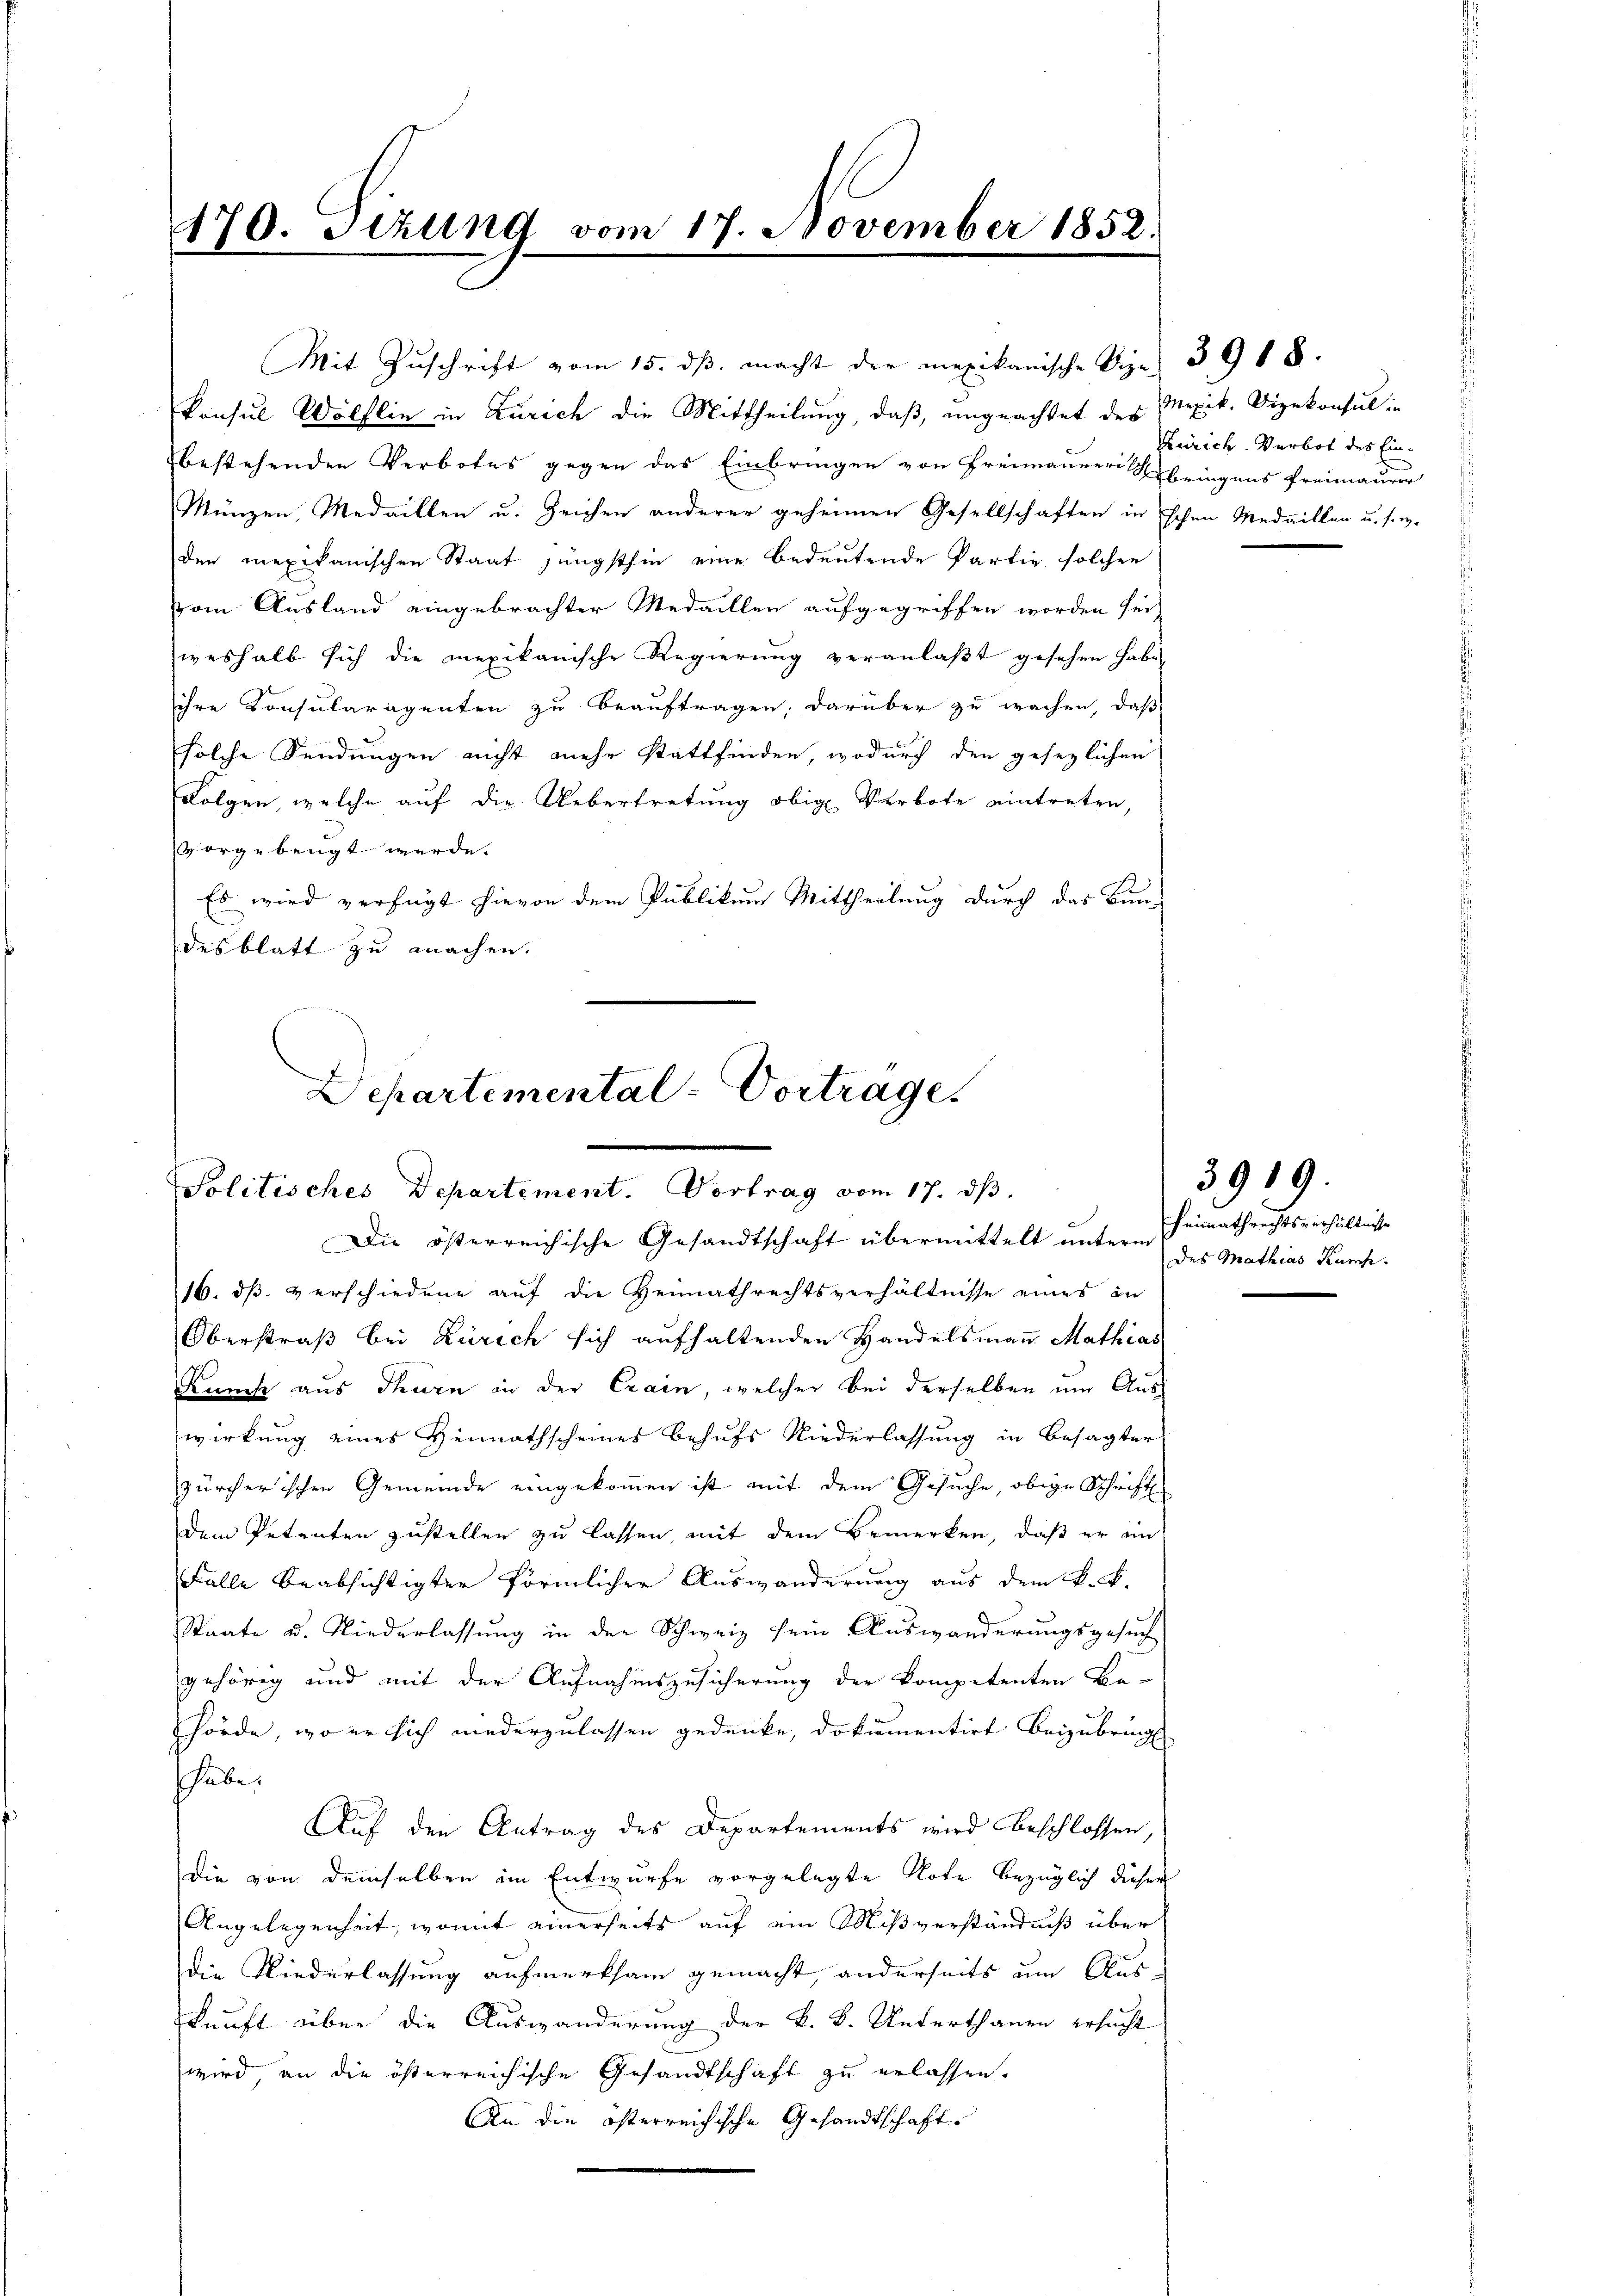
170. Setzung vom 17. November 1852.

Konsul Wölflin in Zürich die Mittheilung, daß, ungeachtet des Mexik. Vizekonsul
bestehenden Verbotes gegen das Einbringen von Freimaurer bringens Freimaurer
Münzen, Medaillen u. Zeichen anderer geheimen Gesellschaften in schon Medaillen u. s. w.
den mexikanischen Staat jüngsthin eine bedeutende Partie solcher
vom Ausland eingebrachter Medaillen aufgegriffen worden sei,
weshalb sich die mexikanische Regierung veranlaßt gesehen habe,
ihre Konsularagenten zu beauftragen, darüber zu wachen, daß
solche Sendungen nicht mehr stattfinden, wodurch den gesezlichen
Folgen, welche auf die Uebertretung obige Verbote eintreten,
vorgebeugt werde.
Es wird verfügt hievon dem Publikum Mittheilung durch das Bun-
desblatt zu machen.

Mit Zŭschrift vom 15. dβ macht der mexikanische Sipe, 3918.

16. dß. verschiedene auf die Heimathrechtsverhältnisse eines in
Oberstraß bei Zürich sich aufhaltenden Handelsmann Mathias
Kunst aus Thurn in der Erain, welcher bei derselben um Auswirkung eines Heimathscheines behufs Niederlassung in Besagter
zürcherischen Gemeinde eingekommen ist mit dem Gesuche, obige Schrift
dem Petenten zustellen zu lassen, mit dem Bemerken, daß er im
Falle beabsichtigter förmlicher Auswanderung aus dem k. k.
Staate u. Niederlassung in der Schweiz sein Auswanderungsgesuch
gehörig und mit der Aufnahmszusicherung der kompetenten Be-
hörde, wo er sich niederzulassen gedenke, dokumentirt beizubring
habe.
Auf den Antrag des Departements wird beschlossen,
die von demselben im Entwurfe vorgelegte Note bezüglich dieser
Angelegenheit, womit einerseits auf ein Mißverständniß über
die Niederlassung aufmerksam gemacht, anderseits um Auskunft über die Auswanderung der k. k. Unterthanen ersucht
wird, an die österreichische Gesandtschaft zu erlassen.
An die österreichische Gesandtschaft.

Departemental-Vortrage.
Politisches Departement. Vortrag vom 17. dβ.
Die österreichische Gesandtschaft übermittelt unter heimathrechtsverhältnisse

Zürich. Verbot des Ein¬

3919.
des Mathias Kurhe